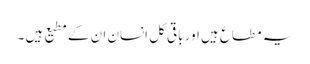
یہ مطاع ہیں اور باقی کل انسان ان کے مطیع ہیں ۔